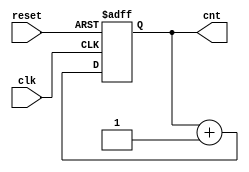
module upcntr (input clk , input reset, output reg [3:0] cnt);
always @ (posedge clk , posedge reset)
begin
	if(reset)
		cnt <= 4'b0000;
	else
		cnt <= cnt + 1;
end
endmodule